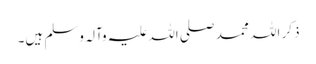
ذکر اللہ محمد صلی اللہ علیہ وآلہ وسلم ہیں۔